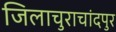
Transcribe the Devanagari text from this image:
जिलाचुराचांदपुर